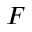
F